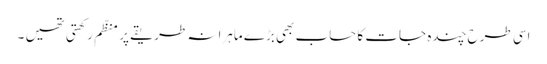
اسی طرح چندہ جات کا حساب بھی بڑے ماہرانہ طریقے پر منظّم رکھتی تھیں ۔